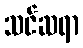
သင်ဆရာ